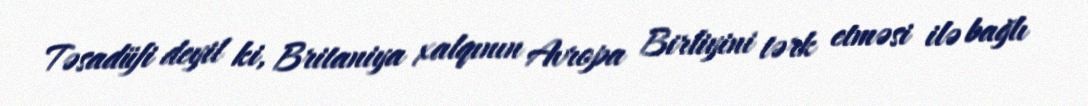
Təsadüfi deyil ki, Britaniya xalqının Avropa Birliyini tərk etməsi ilə bağlı